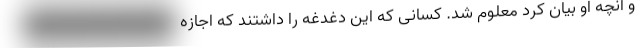
و آنچه او بیان کرد معلوم شد. کسانی که این دغدغه را داشتند که اجازه